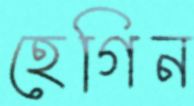
হেগিন